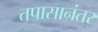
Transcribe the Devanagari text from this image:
तपासानंतर